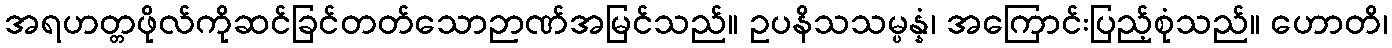
အရဟတ္တဖိုလ်ကိုဆင်ခြင်တတ်သောဉာဏ်အမြင်သည်။ ဥပနိသသမ္ပန္နံ၊ အကြောင်းပြည့်စုံသည်။ ဟောတိ၊